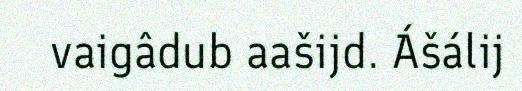
vaigâdub aašijd. Ášálij